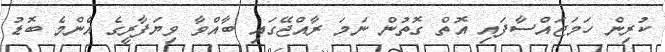
ކުރިން ހަމަޖައްސާފައި އޮތް ގޮތުން ނަމަ ރާއްޖޭގައި ބާއްވާ ވިޔަފާރީގެ އެންމެ ބޮޑު